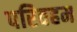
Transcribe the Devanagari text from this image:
परिवहम